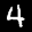
Label: 4